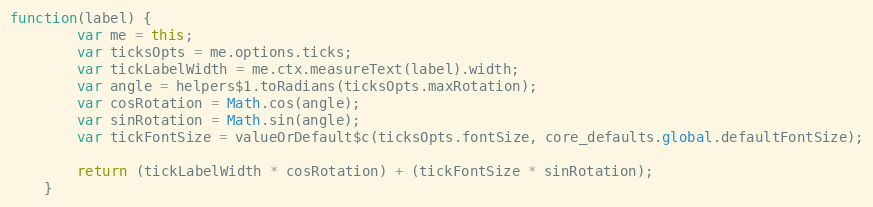
Language: JavaScript
function(label) {
		var me = this;
		var ticksOpts = me.options.ticks;
		var tickLabelWidth = me.ctx.measureText(label).width;
		var angle = helpers$1.toRadians(ticksOpts.maxRotation);
		var cosRotation = Math.cos(angle);
		var sinRotation = Math.sin(angle);
		var tickFontSize = valueOrDefault$c(ticksOpts.fontSize, core_defaults.global.defaultFontSize);

		return (tickLabelWidth * cosRotation) + (tickFontSize * sinRotation);
	}